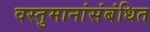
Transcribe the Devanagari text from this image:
वस्तुमानांसंबंधित